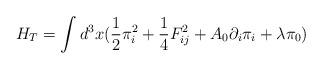
LaTeX: \begin{align*}H_T = \int d^3x (\frac{1}{2}\pi_i^2 +\frac{1}{4}F_{ij}^2 + A_0\partial_i\pi_i+\lambda\pi_0) \end{align*}